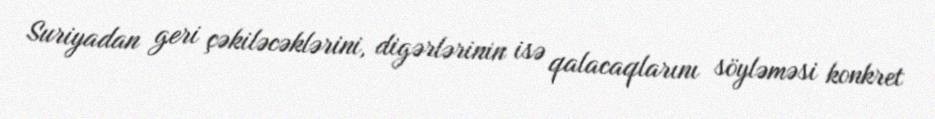
Suriyadan geri çəkiləcəklərini, digərlərinin isə qalacaqlarını söyləməsi konkret